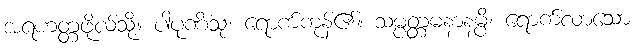
အရဟတ္တဖိုလ်သို့။ ပါပုဏိံသု၊ ရောက်ကုန်၏။ သမ္ပတ္တမနာနမ္ပိ၊ ရောက်လာသော